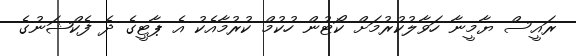
ރައީސް ޔާމީނާ ހަވާލުކުރުމަށް ކޯޓުން ހުކުމް ކުރުމާއެކު އެ ޕާޓީގެ ދެ ފެކްޝަނުގެ